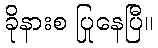
ခိုနားစ ပြုနေပြီ။